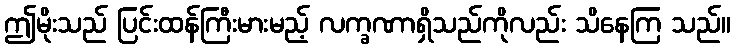
ဤမိုးသည် ပြင်းထန်ကြီးမားမည့် လက္ခဏာရှိသည်ကိုလည်း သိနေကြ သည်။